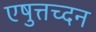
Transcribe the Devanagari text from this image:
एषुत्तच्दन